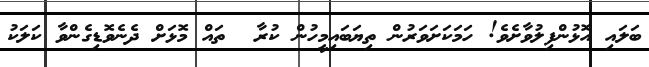
ބަލައި އޮޅުންފިލުވާށެވެ! ހަމަކަށަވަރުން ތިޔަބައިމީހުން ކުރާ  ތައް މޮޅަށް ދެނެވޮޑިގެންވާ ކަލަކު